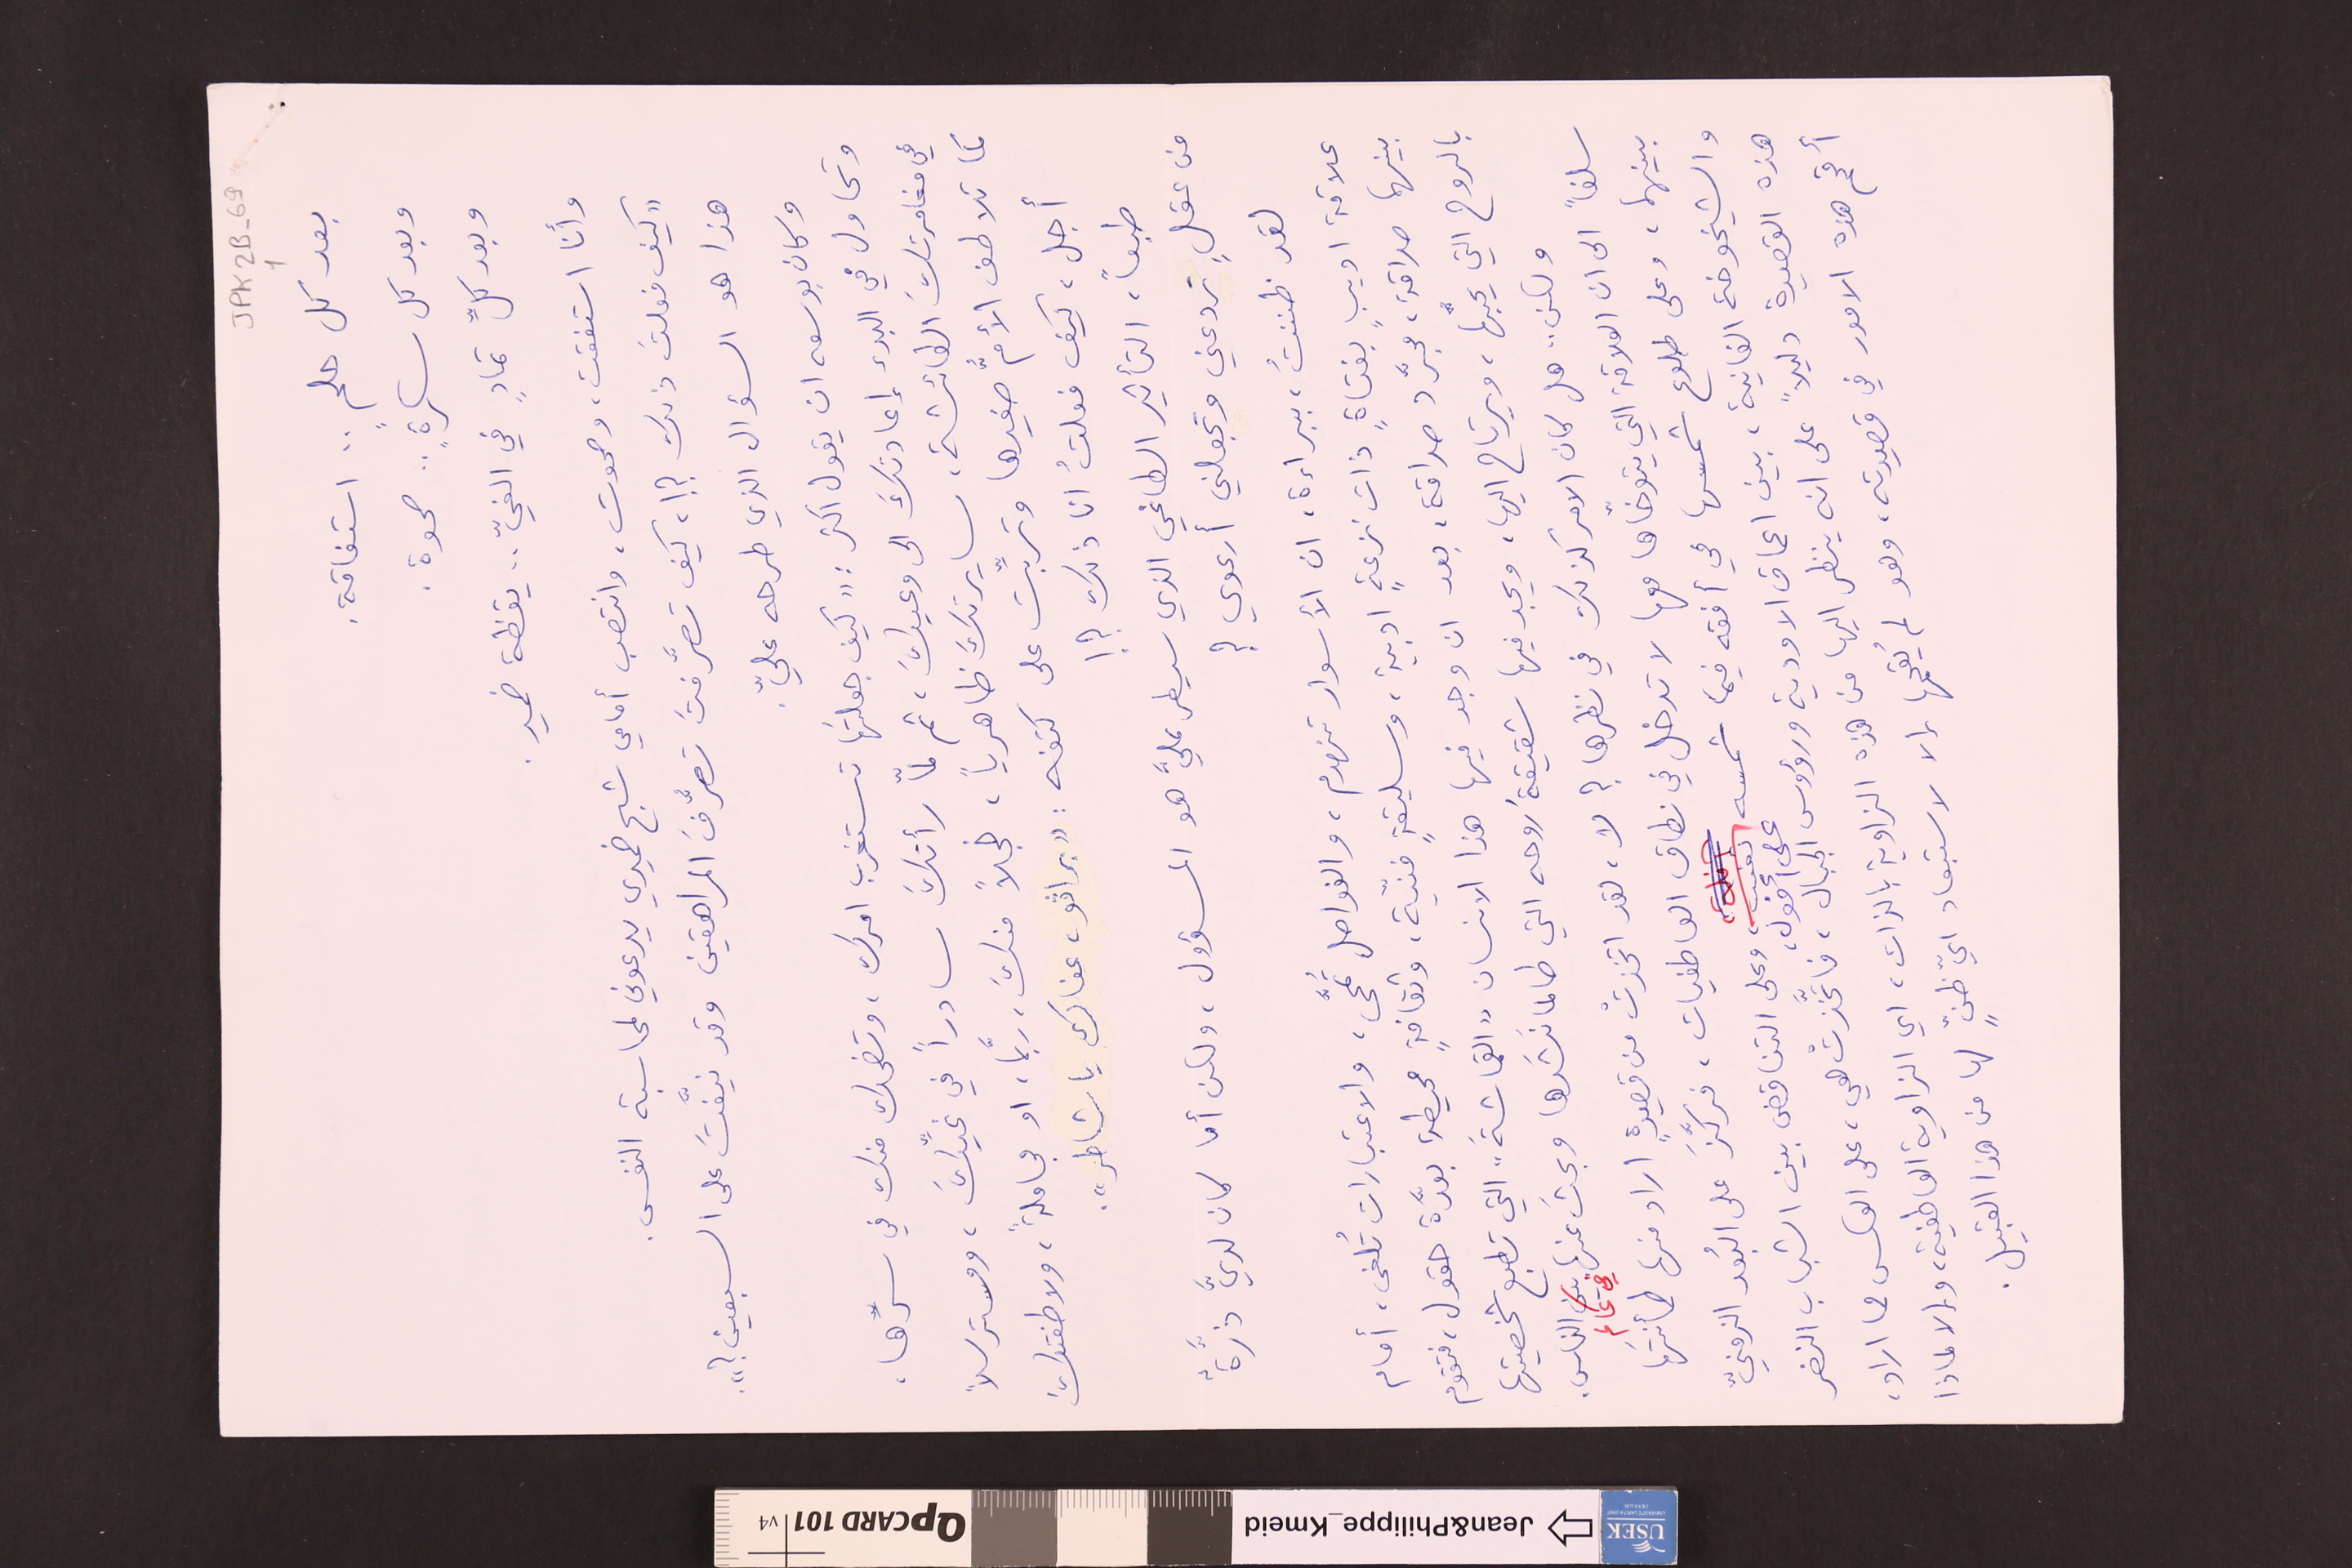
JPK2B-69			1
بعد كل حلمٍ .. استفاقة.
وبعد كل سكرةٍ .. صحوة.
وبعد كلِّ تمادٍ في الغيّ .. يقظة ضمير.
وأنا استفقت، وصحوت، وانتصب أمامي شبح ضميري يدعوني لمحاسبة النفس.
"كيف فعلتَ ذلك ؟ !، كيف تصرَّفتَ تصرُّفَ المراهقين وقد نيَّفتَ على السبعين ؟".
هذا هو السؤال الذي طرحه عليّ.
وكان بوسعه ان يقول اكثر : "كيف جعلتَها تستغرب امرك، وتضحك منك في سرِّها،
وتحاول في البدء إعادتكَ الى وعيكَ، ثم لمّا رأتكَ سادراً في غيِّكَ، ومسترسلاً
في مغامرتكَ الطائشة، سايرتكَ ظاهرياً، خجلاً منكَ، ربَّما، او مجاملةً ولاطفتكَ
كما تلاطف الأمُّ صغيرها وتربِّت على كتفه : " براڨو، عفاك يا شاطر".
أجل، كيف فعلتُ انا ذلك ؟ !
طبعاً التأثير الطاغي الذي سيطر عليَّ هو المسؤول، ولكن أما كان لديَّ ذرَّة
من عقلٍ تردعني وتجعلني أرعوي ؟
لقد ظننتُ، ببراءة، ان الأسوار تنهدم، والفواصل تُمحَّى، والاعتبارات تُلغى، أمام
علاقة اديبٍ بفتاةٍ ذات نزعةٍ ادبية، وسليقةٍ فنيّة، وثقافةٍ محيطة بعدَّة حقول، فتقوم
بينهما صداقة، مجرَّد صداقة، بعد ان وجد فيها هذا الانسان "القماشةَ" التي تطبع شخصيتها
بالروح التي يحبُّها، ويرتاح اليها، ويجد فيها شقيقةُ روحه التي طالما نَشَرها وبحثَ عنها في عالم الناس.
ولكن .. هل كان الامر كذلك في نظرها ؟ لا، لقد اتخذتْ من قصيدةٍ اراد منها طمأنتَها
سلفاً الى ان العلاقة التي يتوخّاها معها لا تدخل في نطاق العاطفيات، فركَّزَ على البُعد الزمنيّ
بينهما، وعلى طلوع شمسها في أفقه فيما شمسه على أفول، وعلى التناقض بين الشباب النضر
والشيخوخة الفانية، بين اعماق الاودية ورؤوس الجبال، فاتَّخذتْ هي، على عكس مما اراد،
هذه القصيدة دليلاً على انه ينظر اليها من هذه الزاوية بالذات، اي الزاوية العاطفية، والا لماذا
أقحم هذه الامور في قصيدته، وهو لم يُقحمها إلا لاستبعاد ايّ ظنٍّ لها من هذا القبيل.